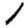
Digit: 1